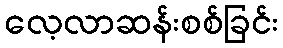
လေ့လာဆန်းစစ်ခြင်း